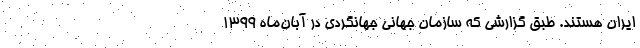
ایران هستند. طبق گزارشی که سازمان جهانی جهانگردی در آبان‌ماه ۱۳۹۹